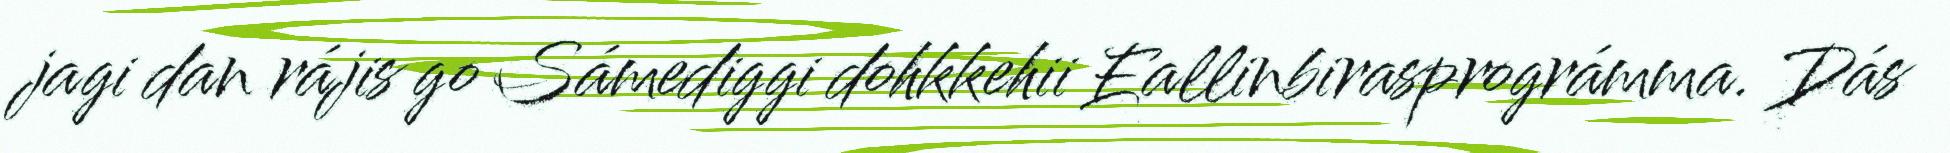
jagi dan rájis go Sámediggi dohkkehii Eallinbirasprográmma. Dás